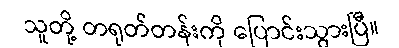
သူတို့ တရုတ်တန်းကို ပြောင်းသွားပြီ။